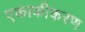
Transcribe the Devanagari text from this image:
एकाकीकरण